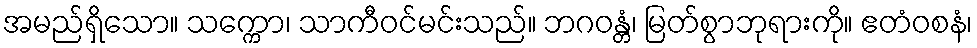
အမည်ရှိသော။ သက္ကော၊ သာကီဝင်မင်းသည်။ ဘဂဝန္တံ၊ မြတ်စွာဘုရားကို။ ဧတံဝစနံ၊